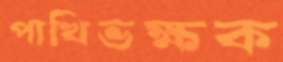
পাখিভক্ষক